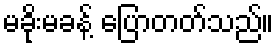
မခိုးမခန့် ပြောတတ်သည်။